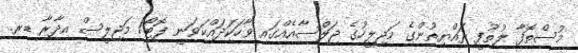
މުސްތޮފާ ލުތުފީ ރައްޔިތުންގެ މަޖިލީހުގެ ޖަލްސާއެއްގައި ވާހަކަދައްކަވަނީ ފޮޓޯ/ މަޖިލީސް އިދާރާ ޑރ.